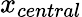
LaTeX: x_{central}